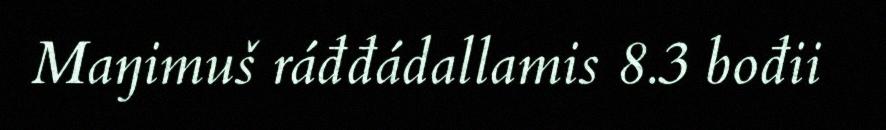
Maŋimuš ráđđádallamis 8.3 bođii